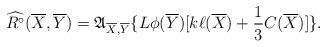
LaTeX: \begin{align*} \widehat{R^{\circ}}(\overline{X},\overline{Y})=\mathfrak{A}_{\overline{X},\overline{Y}} \{L\phi(\overline{Y})[k\ell(\overline{X})+\frac{1}{3}C(\overline{X})]\}.\end{align*}